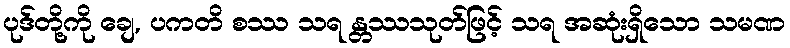
ပုဒ်တို့ကို ချေ, ပကတိ စဿ သရ န္တဿသုတ်ဖြင့် သရ အဆုံးရှိသော သမဏ